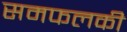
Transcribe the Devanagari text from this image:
समफलकी